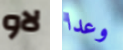
لاو وعدا